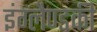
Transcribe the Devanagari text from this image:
इंग्लैण्डकी